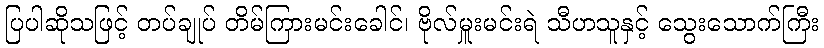
ပြပါဆိုသဖြင့် တပ်ချုပ် တိမ်ကြားမင်းခေါင်၊ ဗိုလ်မှူးမင်းရဲ သီဟသူနှင့် သွေးသောက်ကြီး